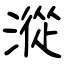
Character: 漎